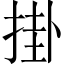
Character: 掛